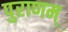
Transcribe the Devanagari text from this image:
पुराणम्‌